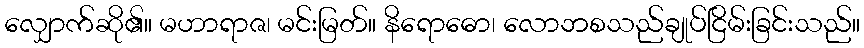
လျှောက်ဆို၏။ မဟာရာဇ၊ မင်းမြတ်။ နိရောဓော၊ လောဘစသည်ချုပ်ငြိမ်းခြင်းသည်။